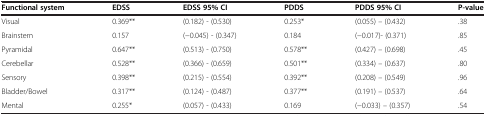
| Functional system | EDSS | EDSS 95% CI | PDDS | PDDS 95% CI | P-value |
 | --- | --- | --- | --- | --- | --- |
 | Visual | 0.369** | (0.182) - (0.530) | 0.253* | (0.055) – (0.432) | .38 |
 | Brainstem | 0.157 | (-0.045) - (0.347) | 0.184 | (-0.017)- (0.371) | .85 |
 | Pyramidal | 0.647** | (0.513) - (0.750) | 0.578** | (0.427) – (0.698) | .45 |
 | Cerebellar | 0.528** | (0.366) - (0.659) | 0.501** | (0.334) – (0.637) | .80 |
 | Sensory | 0.398** | (0.215) - (0.554) | 0.392** | (0.208) – (0.549) | .96 |
 | Bladder/Bowel | 0.317** | (0.124) - (0.487) | 0.377** | (0.191) – (0.537) | .64 |
 | Mental | 0.255* | (0.057) - (0.433) | 0.169 | (-0.033) – (0.357) | .54 |